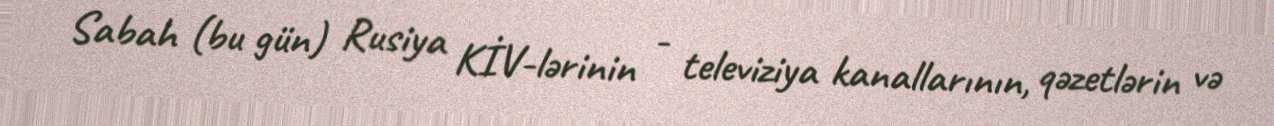
Sabah (bu gün) Rusiya KİV-lərinin - televiziya kanallarının, qəzetlərin və